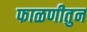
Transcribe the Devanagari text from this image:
फाळणीतुन